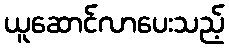
ယူဆောင်လာပေးသည့်